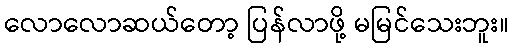
လောလောဆယ်တော့ ပြန်လာဖို့ မမြင်သေးဘူး။